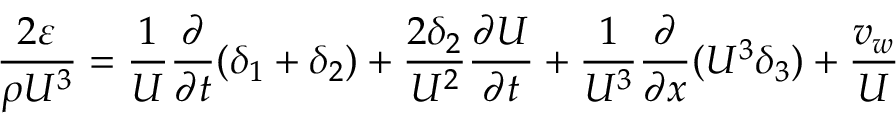
{ \frac { 2 \varepsilon } { \rho U ^ { 3 } } } = { \frac { 1 } { U } } { \frac { \partial } { \partial t } } ( \delta _ { 1 } + \delta _ { 2 } ) + { \frac { 2 \delta _ { 2 } } { U ^ { 2 } } } { \frac { \partial U } { \partial t } } + { \frac { 1 } { U ^ { 3 } } } { \frac { \partial } { \partial x } } ( U ^ { 3 } \delta _ { 3 } ) + { \frac { v _ { w } } { U } }